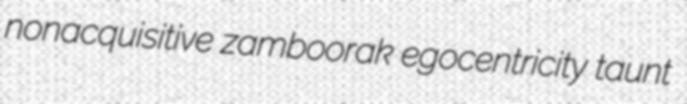
nonacquisitive zamboorak egocentricity taunt